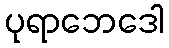
ပုရာဘေဒေါ